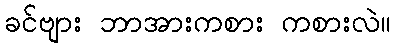
ခင်ဗျား ဘာအားကစား ကစားလဲ။